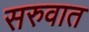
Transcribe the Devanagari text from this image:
सरुवात